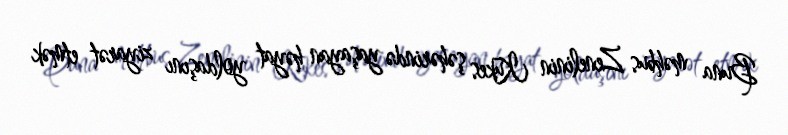
Buna məhbus Zenelinin Kukes şəhərində yaşayan həyat yoldaşını ziyarət etmək